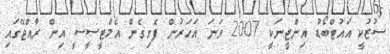
ސުޒުކީ އައުޓްބޯޑު އިންޖީނަކީ 2007 ވަނަ އަހަރުން ފެށިގެން އެމްޓީސީސީ އިން ރާއްޖޭގައި